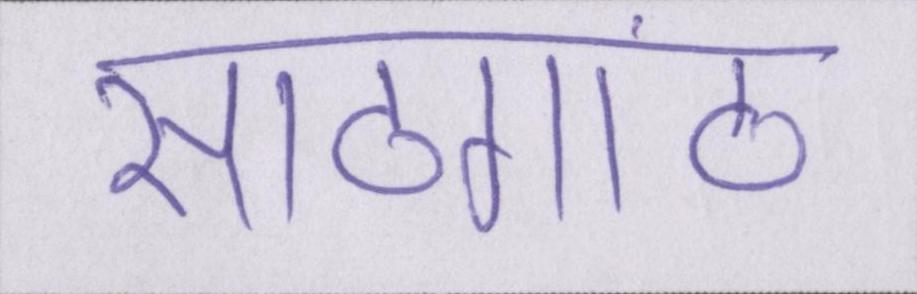
साठगांठ